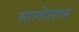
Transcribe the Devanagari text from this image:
सालोसाल